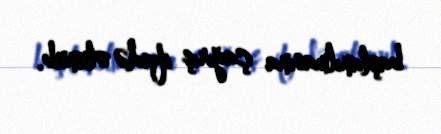
başlanılmasına çağırış ifadə olunub.